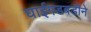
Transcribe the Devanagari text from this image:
घाईगडबडीने